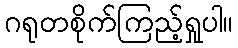
ဂရုတစိုက်ကြည့်ရှုပါ။